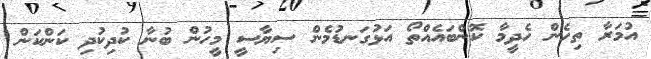
އުމަރާ ތިހެން ހެދީމާ ކޮންބައެއްތޯ އަޅުގަނޑުމެން ސިޔާސީ މީހުން ބުނާ ކުދިކުދި ކަންކަން